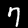
Digit: 7